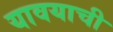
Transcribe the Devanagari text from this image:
यावयाची